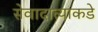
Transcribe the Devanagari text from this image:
सेवादात्याकडे